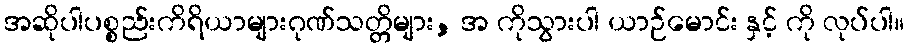
အဆိုပါပစ္စည်းကိရိယာများဂုဏ်သတ္တိများ, အ ကိုသွားပါ ယာဉ်မောင်း နှင့် ကို လုပ်ပါ။